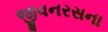
જીવનરસના